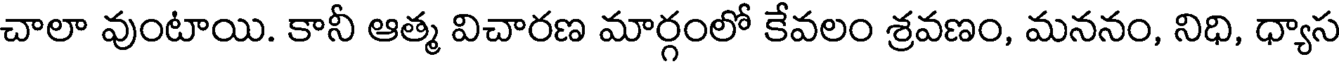
చాలా వుంటాయి. కానీ ఆత్మ విచారణ మార్గంలో కేవలం శ్రవణం, మననం, నిధి, ధ్యాస